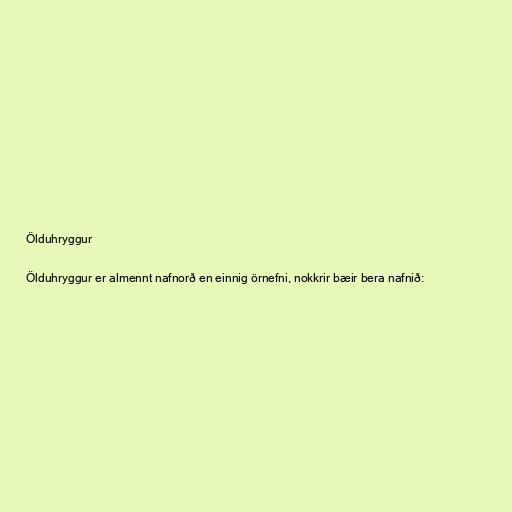
Ölduhryggur

Ölduhryggur er almennt nafnorð en einnig örnefni, nokkrir bæir bera nafnið: